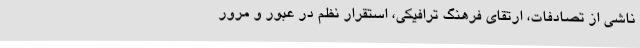
ناشی از تصادفات، ارتقای فرهنگ ترافیکی، استقرار نظم در عبور و مرور